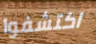
اكتشفوا